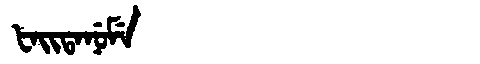
Manchu: ᡶᠠᡳᡨᠠᠨᡠᠮᡝ
Romanization: FAITANUME